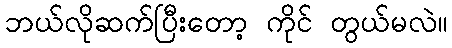
ဘယ်လိုဆက်ပြီးတော့ ကိုင် တွယ်မလဲ။